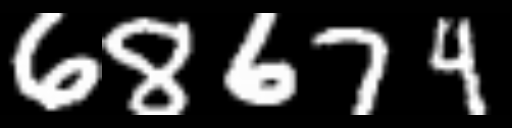
Text: 68674